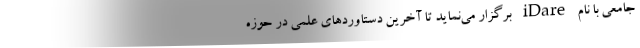
جامعی با نام iDare برگزار می‌نماید تا آخرین دستاوردهای علمی در حوزه